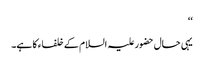
‘‘
یہی حال حضورعلیہ السلام کے خلفاء کا ہے۔